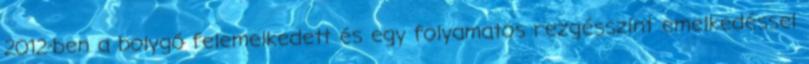
2012-ben a bolygó felemelkedett és egy folyamatos rezgésszint emelkedéssel